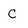
Character: C